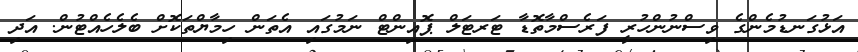
އަޅުގަނޑުމެންގެ ވިސްނުންހުރީ ފަރެސްމާތޮޑާ ޓަރޓަލް ޕޮއިންޓް ނަމުގައި އެތަން ހިމާޔްތަކޮށް ބެލެހެއްޓުން. އަދި